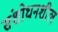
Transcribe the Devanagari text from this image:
संशोधनशील